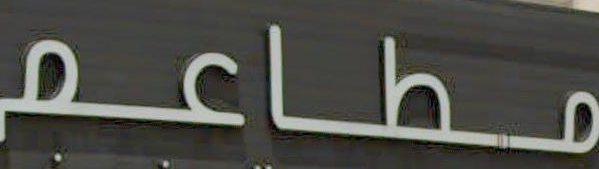
مطاعم